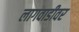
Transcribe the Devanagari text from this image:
लागवाडीवर